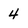
Character: 4